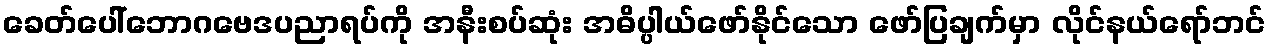
ခေတ်ပေါ်ဘောဂဗေဒပညာရပ်ကို အနီးစပ်ဆုံး အဓိပ္ပါယ်ဖော်နိုင်သော ဖော်ပြချက်မှာ လိုင်နယ်ရော်ဘင်